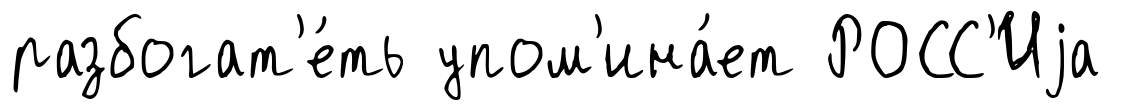
разбогат'е́ть упом'ина́ет РОСС'Иjа